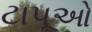
ટાપૂઓ